Indian journal of veterinary science and animal husbandry - Volumes 24-25, 1954-1955
Year: 1954
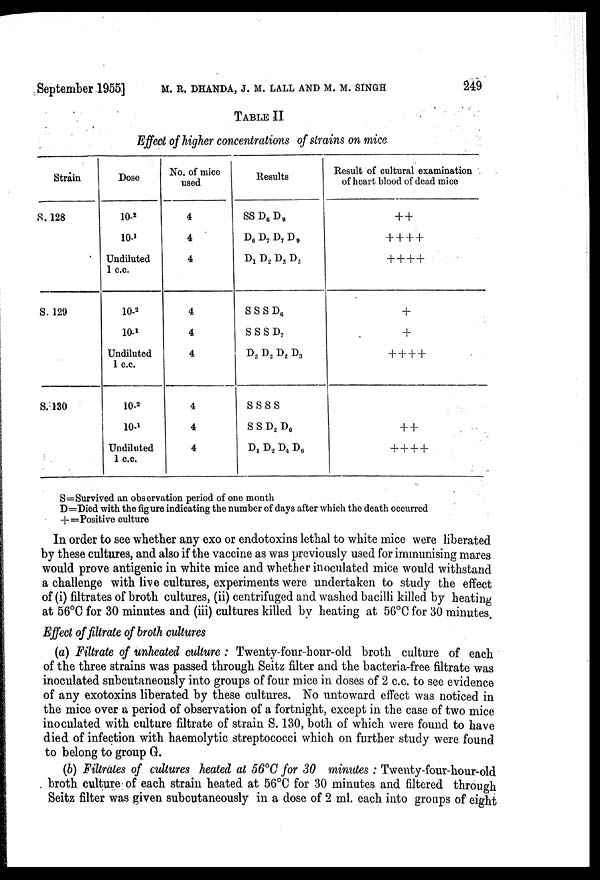
September 1955] M. R. DHANDA, J. M. LALL AND M. M. SINGH 249
TABLE II
Effect of higher concentrations of strains on mice
Strain
S. 128
S. 129
S. 130
Dose
10- 2
10- 1
Undiluted
1 c.c.
10- 2
10- 1
Undiluted
1 c.c.
10- 2
10- 1
Undiluted
1 c.c.
No. of mice
used
4
4
4
4
4
4
4
4
4
Results
SS D 6 D 9
D 6 D 7 D 7 D 9
D 1 D 2 D 2 D 2
S S S D 6
S S S D 7
D 2 D 2 D 2 D 3
S S S S
S S D 2 D 6
D 1 D2 D4 D 6
Result of cultural examination
of heart blood of dead mice
++
++++
++++
+
+
++++
++
++++
S=Survived an observation period of one month
D=Died with the figure indicating the number of days after which the death occurred
+=Positive culture
In order to see whether any exo or endotoxins lethal to white mice were liberated
by these cultures, and also if the vaccine as was previously used for immunising mares
would prove antigenic in white mice and whether inoculated mice would withstand
a challenge with live cultures, experiments were undertaken to study the effect
of (i) filtrates of broth cultures, (ii) centrifuged and washed bacilli killed by heating
at 56°C for 30 minutes and (iii) cultures killed by heating at 56°C for 30 minutes.
Effect of filtrate of broth cultures
(a) Filtrate of unheated culture : Twenty-four-hour-old broth culture of each
of the three strains was passed through Seitz filter and the bacteria-free filtrate was
inoculated subcutaneously into groups of four mice in doses of 2 c.c. to see evidence
of any exotoxins liberated by these cultures. No untoward effect was noticed in
the mice over a period of observation of a fortnight, except in the case of two mice
inoculated with culture filtrate of strain S. 130, both of which were found to have
died of infection with haemolytic streptococci which on further study were found
to belong to group G.
(b) Filtrates of cultures heated at 56°C for 30 minutes : Twenty-four-hour-old
broth culture of each strain heated at 56°C for 30 minutes and filtered through
Seitz filter was given subcutaneously in a dose of 2 ml. each into groups of eight